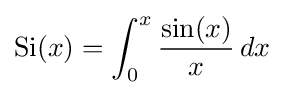
{\text{Si}}(x)=\int _{0}^{x}{\frac {\sin(x)}{x}}\,dx